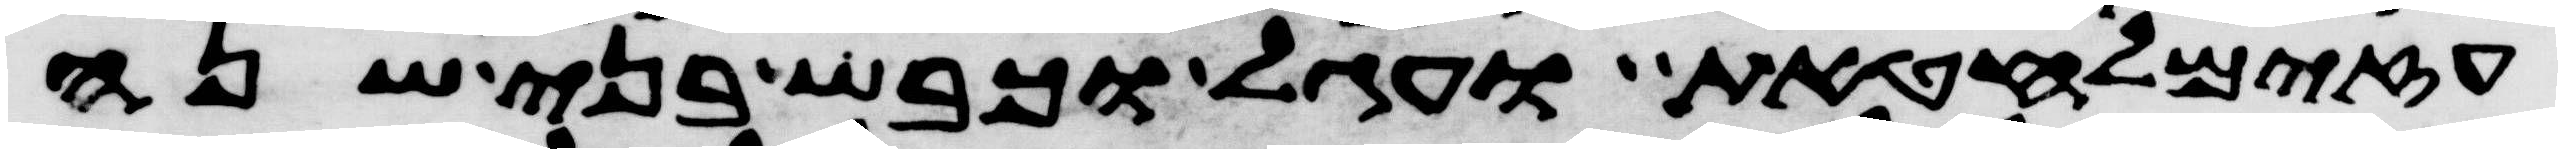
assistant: עזים לחטאת ועגל וכבש בני שנה